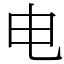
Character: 电